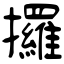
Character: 攞